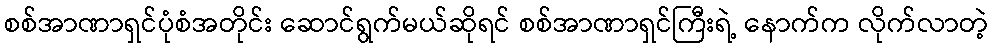
စစ်အာဏာရှင်ပုံစံအတိုင်း ဆောင်ရွက်မယ်ဆိုရင် စစ်အာဏာရှင်ကြီးရဲ့ နောက်က လိုက်လာတဲ့